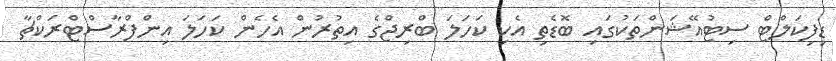
ޑިފިކަލްޓް ސިޓުއޭޝަންތަކުގައި ބޮޑެތި އެކި ކަހަލަ ބްރިޖްގެ އިތުރުން އެހެން ކަހަލަ އިންފްރާސްޓްރަކްޗާ